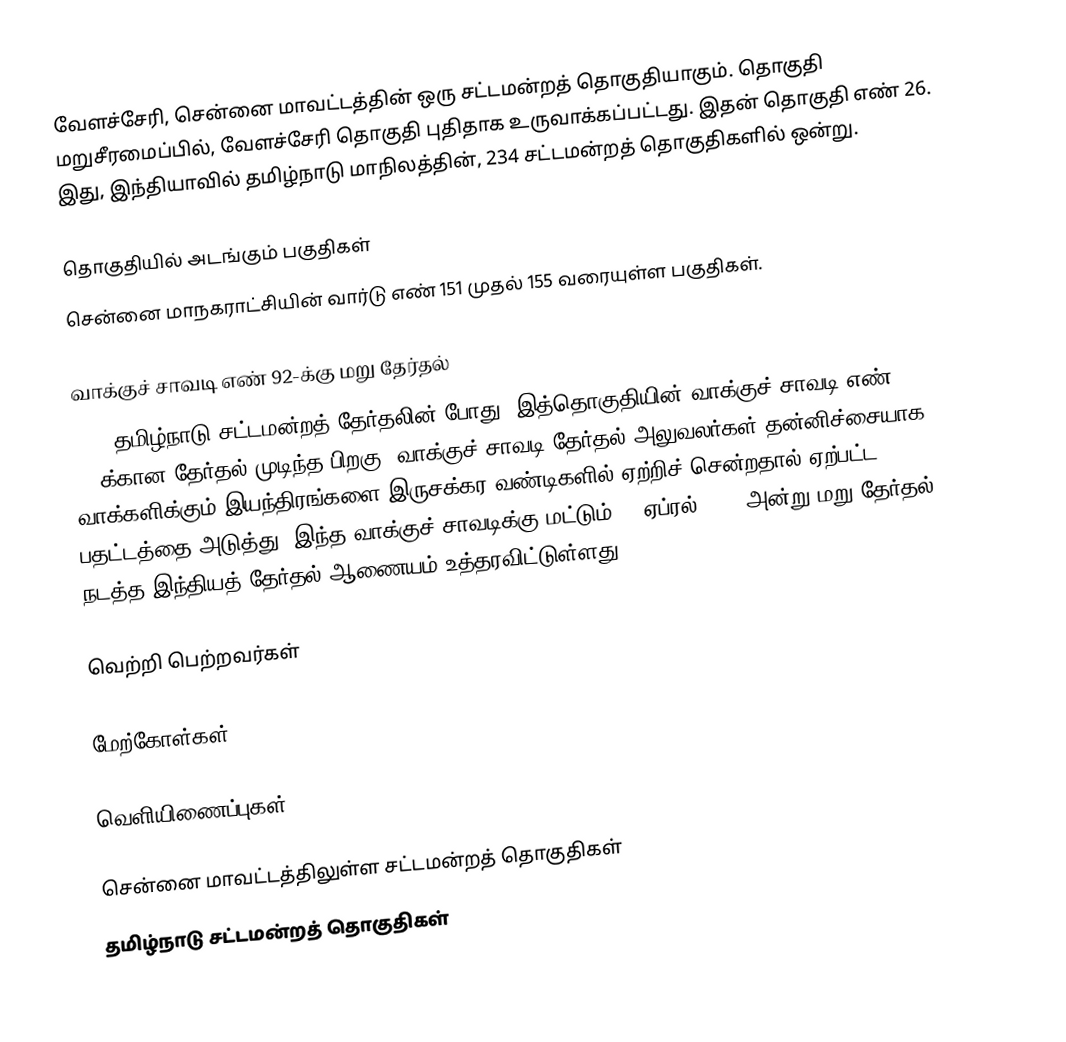
வேளச்சேரி, சென்னை மாவட்டத்தின் ஒரு சட்டமன்றத் தொகுதியாகும். தொகுதி மறுசீரமைப்பில், வேளச்சேரி தொகுதி புதிதாக உருவாக்கப்பட்டது. இதன் தொகுதி எண் 26. இது, இந்தியாவில் தமிழ்நாடு மாநிலத்தின், 234 சட்டமன்றத் தொகுதிகளில் ஒன்று.

தொகுதியில் அடங்கும் பகுதிகள்
சென்னை மாநகராட்சியின் வார்டு எண் 151 முதல் 155 வரையுள்ள பகுதிகள்.

வாக்குச் சாவடி எண் 92-க்கு மறு தேர்தல்
2021 தமிழ்நாடு சட்டமன்றத் தேர்தலின் போது, இத்தொகுதியின் வாக்குச் சாவடி எண்  92-க்கான தேர்தல் முடிந்த பிறகு, வாக்குச் சாவடி தேர்தல் அலுவலர்கள் தன்னிச்சையாக வாக்களிக்கும் இயந்திரங்களை இருசக்கர வண்டிகளில் ஏற்றிச் சென்றதால் ஏற்பட்ட பதட்டத்தை அடுத்து,  இந்த வாக்குச் சாவடிக்கு மட்டும் 17 ஏப்ரல் 2021 அன்று மறு தேர்தல் நடத்த இந்தியத் தேர்தல் ஆணையம் உத்தரவிட்டுள்ளது.

வெற்றி பெற்றவர்கள்

மேற்கோள்கள்

வெளியிணைப்புகள்

சென்னை மாவட்டத்திலுள்ள சட்டமன்றத் தொகுதிகள்
தமிழ்நாடு சட்டமன்றத் தொகுதிகள்